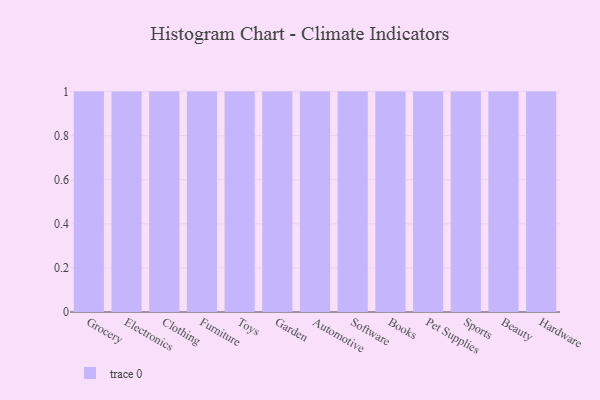
{"axis": {"x": "Category", "y": "Demand Index"}, "legend": [""], "data": [{"x": "Grocery", "y": 22, "type": ""}, {"x": "Electronics", "y": 70, "type": ""}, {"x": "Clothing", "y": 27, "type": ""}, {"x": "Furniture", "y": 52, "type": ""}, {"x": "Toys", "y": 3, "type": ""}, {"x": "Garden", "y": 69, "type": ""}, {"x": "Automotive", "y": 39, "type": ""}, {"x": "Software", "y": 18, "type": ""}, {"x": "Books", "y": 54, "type": ""}, {"x": "Pet Supplies", "y": 86, "type": ""}, {"x": "Sports", "y": 62, "type": ""}, {"x": "Beauty", "y": 81, "type": ""}, {"x": "Hardware", "y": 12, "type": ""}]}